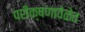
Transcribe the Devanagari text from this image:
परीक्षणावेळेत